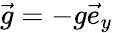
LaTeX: \vec{g}=-g\vec{e}_{y}